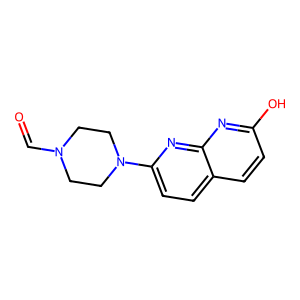
SMILES: O=CN1CCN(c2ccc3ccc(O)nc3n2)CC1
Inhibits HIV replication: No